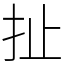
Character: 扯